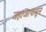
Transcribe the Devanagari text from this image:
जहाजापासून